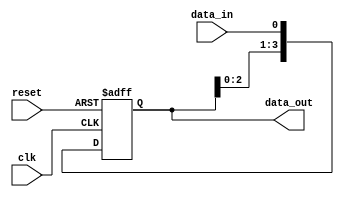
module SIPO_shift_register (
    input wire clk,
    input wire reset,
    input wire data_in,
    output reg [3:0] data_out
);

reg [3:0] shift_register;

always @(posedge clk or posedge reset) begin
    if (reset) begin
        shift_register <= 4'b0000;
    end else begin
        shift_register <= {shift_register[2:0], data_in};
    end
end

assign data_out = shift_register;

endmodule